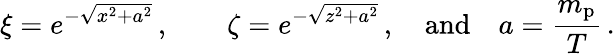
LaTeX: \xi=e^{-\sqrt{x^{2}+a^{2}}}\, ,\qquad\zeta=e^{-\sqrt{z^{2}+a^{2}}}\, ,\quad\mathrm{and}\quad a={\frac{m_{\mathrm{p}}}{T}}\, .